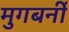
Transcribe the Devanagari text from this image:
मुगबर्नी